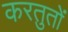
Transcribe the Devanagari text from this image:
करतुतों